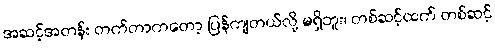
အဆင့်အတန်း တက်တာကတော့ ပြန်ကျတယ်လို့ မရှိဘူး၊ တစ်ဆင့်ထက် တစ်ဆင့်